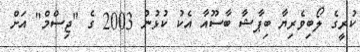
ކުރީގެ ލޯބިވެރިޔާ ބިޕާޝާ ބާސޫއާ އެކު ކުޅުނު 2003 ގެ "ޖިސްމް" އަށް